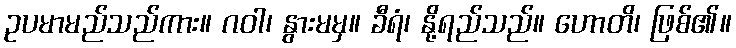
ဥပမာမည်သည်ကား။ ဂဝါ၊ နွားမမှ။ ခီရံ၊ နို့ရည်သည်။ ဟောတိ၊ ဖြစ်၏။